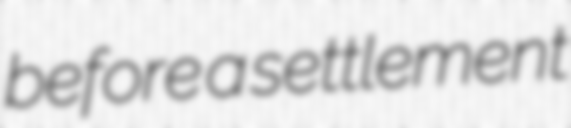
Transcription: before a settlement